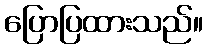
ပြောပြထားသည်။